Report on vaccination in Madras 1895-1903 - 1895-1903
Year: 1895
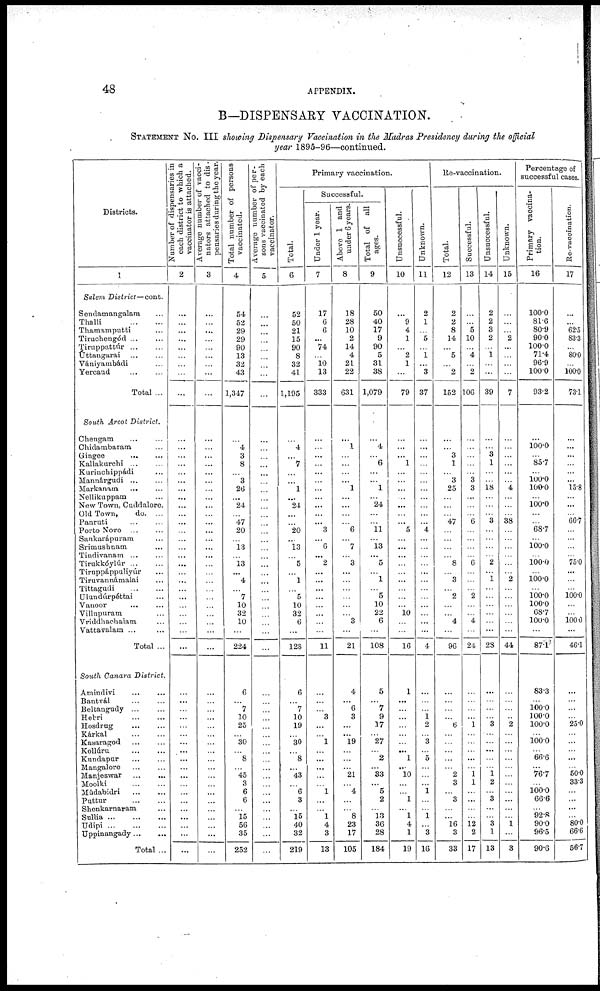
48
APPENDIX.
B—DISPENSARY VACCINATION.
STATEMENT No. III showing Dispensary Vaccination in the Madras Presidency during the official
year 1895-96—continued.
Districts.
1
Salem District—cont.
Sendamangalam ...
Thalli
...
...
Thamamputti ...
Tiruchengód ... ...
Tiruppattúr
...
...
Uttaugarai ... ...
Vániyarnbádi ...
Yercaud
...
...
Total ...
South Arcot District.
Chengam
...
...
Chidambaram ...
Gingee
...
...
Kallakurchi
...
...
Kurinchippádi ...
Mannárgudi
...
...
Markanam ... ...
Nellikuppam ...
New Town, Cuddalore.
Old Town,
do. ...
Panruti ... ...
Porto Novo
...
...
Sankarápuram ...
Srimushnam ...
Tindivanam ... ...
Tirukkóylúr ... ...
Tiruppáppuliyúr ...
Tiruvannámalai ...
Tittagudi
...
...
Ulundúrpéttai ...
Vanoor ... ...
Villupuram ...
Vriddhaehalam ...
Vattavalam ... ...
Total ...
South Canara District.
Amindivi ... ...
Bantvál ... ...
Beltangudy ... ...
Hebri
...
...
Hosdrug
...
...
Kárkal
...
...
Kasaragod ... ...
Kollúru
...
...
Kundapur
...
...
Mangalore ... ...
Manjeswar
...
...
Moolki
...
...
Múdabidri
...
...
Puttur
...
...
Shenkarnaram ...
Sullia
...
...
...
Udipi
...
...
...
Uppinangady ... ...
Total ...
Number of dispensaries in
each district to which a
vaccinator is attached.
2
...
...
...
...
...
...
...
...
...
...
...
...
...
...
...
...
...
...
...
...
...
...
...
...
...
...
...
...
...
...
...
...
...
...
...
...
...
...
...
...
...
...
...
...
...
...
...
...
...
...
...
...
...
Average number of vacci-
nators attached to dis-
pensaries during the year.
3
...
...
...
...
...
...
...
...
...
...
...
...
...
...
...
...
...
...
...
...
...
...
...
...
...
...
...
...
...
...
...
...
...
...
...
...
...
...
...
...
...
...
...
...
...
...
...
...
...
...
...
...
...
Total number of persons
vaccinated.
4
54
52
29
29
90
13
32
43
1,347
...
4
3
8
...
3
26
...
24
...
47
20
...
13
...
13
...
4
...
7
10
32
10
...
224
6
...
7
10
25
...
30
...
8
...
45
3
6
6
...
15
56
35
252
Average number of per-
sons vaccinated by each
vaccinator.
5
...
...
...
...
...
...
...
...
...
...
...
...
...
...
...
...
...
...
...
...
...
...
...
...
...
...
...
...
...
...
...
...
...
...
...
...
...
...
...
...
...
...
...
...
...
...
...
...
...
...
...
...
...
Primary vaccination.
Total.
6
52
50
21
15
90
8
32
41
1,195
...
4
...
7
...
...
1
...
24
...
...
20
...
13
...
5
...
1
...
5
10
32
6
...
128
6
...
7
10
19
...
30
...
8
...
43
...
6
3
...
15
40
32
219
Successful.
Under 1 year.
7
17
6
6
...
74
...
10
13
333
...
...
...
...
...
...
...
...
...
...
...
3
...
6
...
2
...
...
...
...
...
...
...
...
11
...
...
...
3
...
...
1
...
...
...
...
...
1
...
...
1
4
3
13
Above 1 and
under 6 years.
8
18
28
10
2
14
4
21
22
631
...
1
...
...
...
...
1
...
...
...
...
6
...
7
...
3
...
...
...
...
...
...
3
...
21
4
...
6
3
...
...
19
...
...
...
21
...
4
...
...
8
23
17
105
Total of all
ages.
9
50
40
17
9
90
5
31
38
1,079
...
4
...
6
...
...
1
...
24
...
...
11
...
13
...
5
...
1
...
5
10
22
6
...
108
5
...
7
9
17
...
27
...
2
...
33
...
5
2
...
13
36
28
184
Unsuccessful.
10
...
9
4
1
...
2
1
...
79
...
...
...
1
...
...
...
...
...
...
...
5
...
...
...
...
...
...
...
...
...
10
...
...
16
1
...
...
...
...
...
...
...
1
...
10
...
...
1
...
1
4
1
19
Unknown.
11
2
1
...
5
...
1
...
3
37
...
...
...
...
...
...
...
...
...
...
...
4
...
...
...
...
...
...
...
...
...
...
...
...
4
...
...
...
1
2
...
3
...
5
...
...
...
1
...
...
1
...
3
16
Re-vaccination.
Total.
12
2
2
8
14
...
5
...
2
152
...
...
3
1
...
3
25
...
...
...
47
...
...
...
...
8
...
3
...
2
...
...
4
...
96
...
...
...
...
6
...
...
...
...
...
2
3
...
3
...
...
16
3
33
Successful.
13
...
...
5
10
...
4
...
2
106
...
...
...
...
...
3
3
...
...
...
6
...
...
...
...
6
...
...
...
2
...
...
4
...
24
...
...
...
...
1
...
...
...
...
...
1
1
...
...
...
...
12
2
17
Unsuccessful.
14
2
2
3
2
...
1
...
...
39
...
...
3
1
...
...
18
...
...
...
3
...
...
...
...
2
...
1
...
...
...
...
...
...
28
...
...
...
...
3
...
...
...
...
...
1
2
...
3
...
...
3
1
13
Unknown.
15
...
...
...
2
...
...
...
...
7
...
...
...
...
...
...
4
...
...
...
38
...
...
...
...
...
...
2
...
...
...
...
...
...
44
...
...
...
...
2
...
...
...
...
...
...
...
...
...
...
...
1
...
3
Percentage of
successful cases.
Primary vaccina-
tion.
16
100.0
81.6
80.9
90.0
100.0
71.4
96.9
100.0
93.2
...
100.0
...
85.7
...
100.0
100.0
...
100.0
...
...
68.7
...
100.0
...
100.0
...
100.0
...
100.0
100.0
68.7
100.0
...
87.1
83.3
...
100.0
100.0
100.0
...
100.0
...
66.6
...
76.7
...
100.0
66.6
...
92.8
90.0
96.5
90.6
Re-vaccination.
17
...
...
62.5
83.3
...
80.0
...
100.0
73.1
...
...
...
...
...
...
15.8
...
...
...
66.7
...
...
...
...
75.0
...
...
...
100.0
...
...
100.0
...
46.1
...
...
...
...
25.0
...
...
...
...
...
50.0
33.3
...
...
...
...
80.0
66.6
56.7